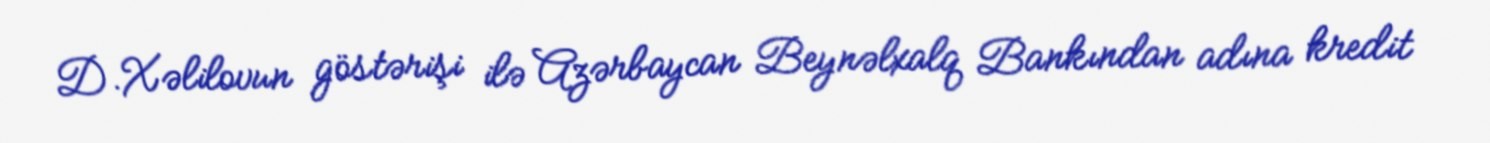
D.Xəlilovun göstərişi ilə Azərbaycan Beynəlxalq Bankından adına kredit